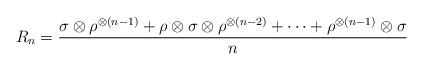
LaTeX: \begin{align*}R_n=\frac{\sigma \otimes \rho^{\otimes (n-1)}+\rho \otimes \sigma \otimes \rho^{\otimes (n-2)}+\dots+ \rho^{\otimes (n-1)} \otimes \sigma}{n} \end{align*}